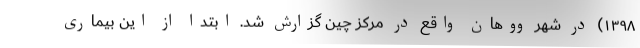
۱۳۹۸) در شهر ووهان واقع در مرکز چین گزارش شد. ابتدا از این بیماری